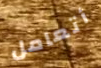
أتعامل